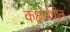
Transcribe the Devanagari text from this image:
कक्षांमधील